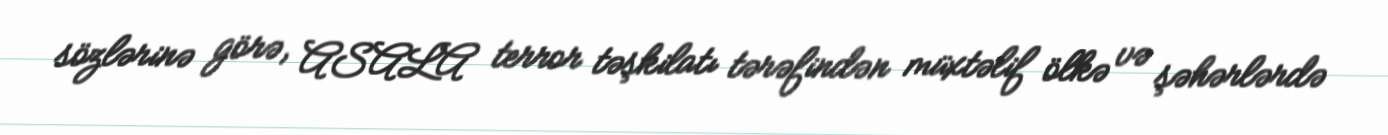
sözlərinə görə, ASALA terror təşkilatı tərəfindən müxtəlif ölkə və şəhərlərdə